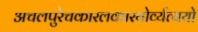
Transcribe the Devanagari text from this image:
अचलपुरेचकारलकारयोर्व्यत्ययो